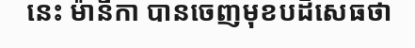
នេះ ម៉ានីកា បានចេញមុខបដិសេធថា